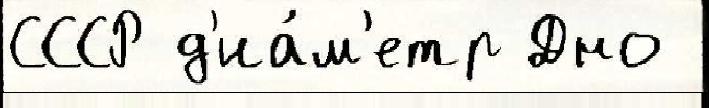
СССР д'иа́м'етр Дно